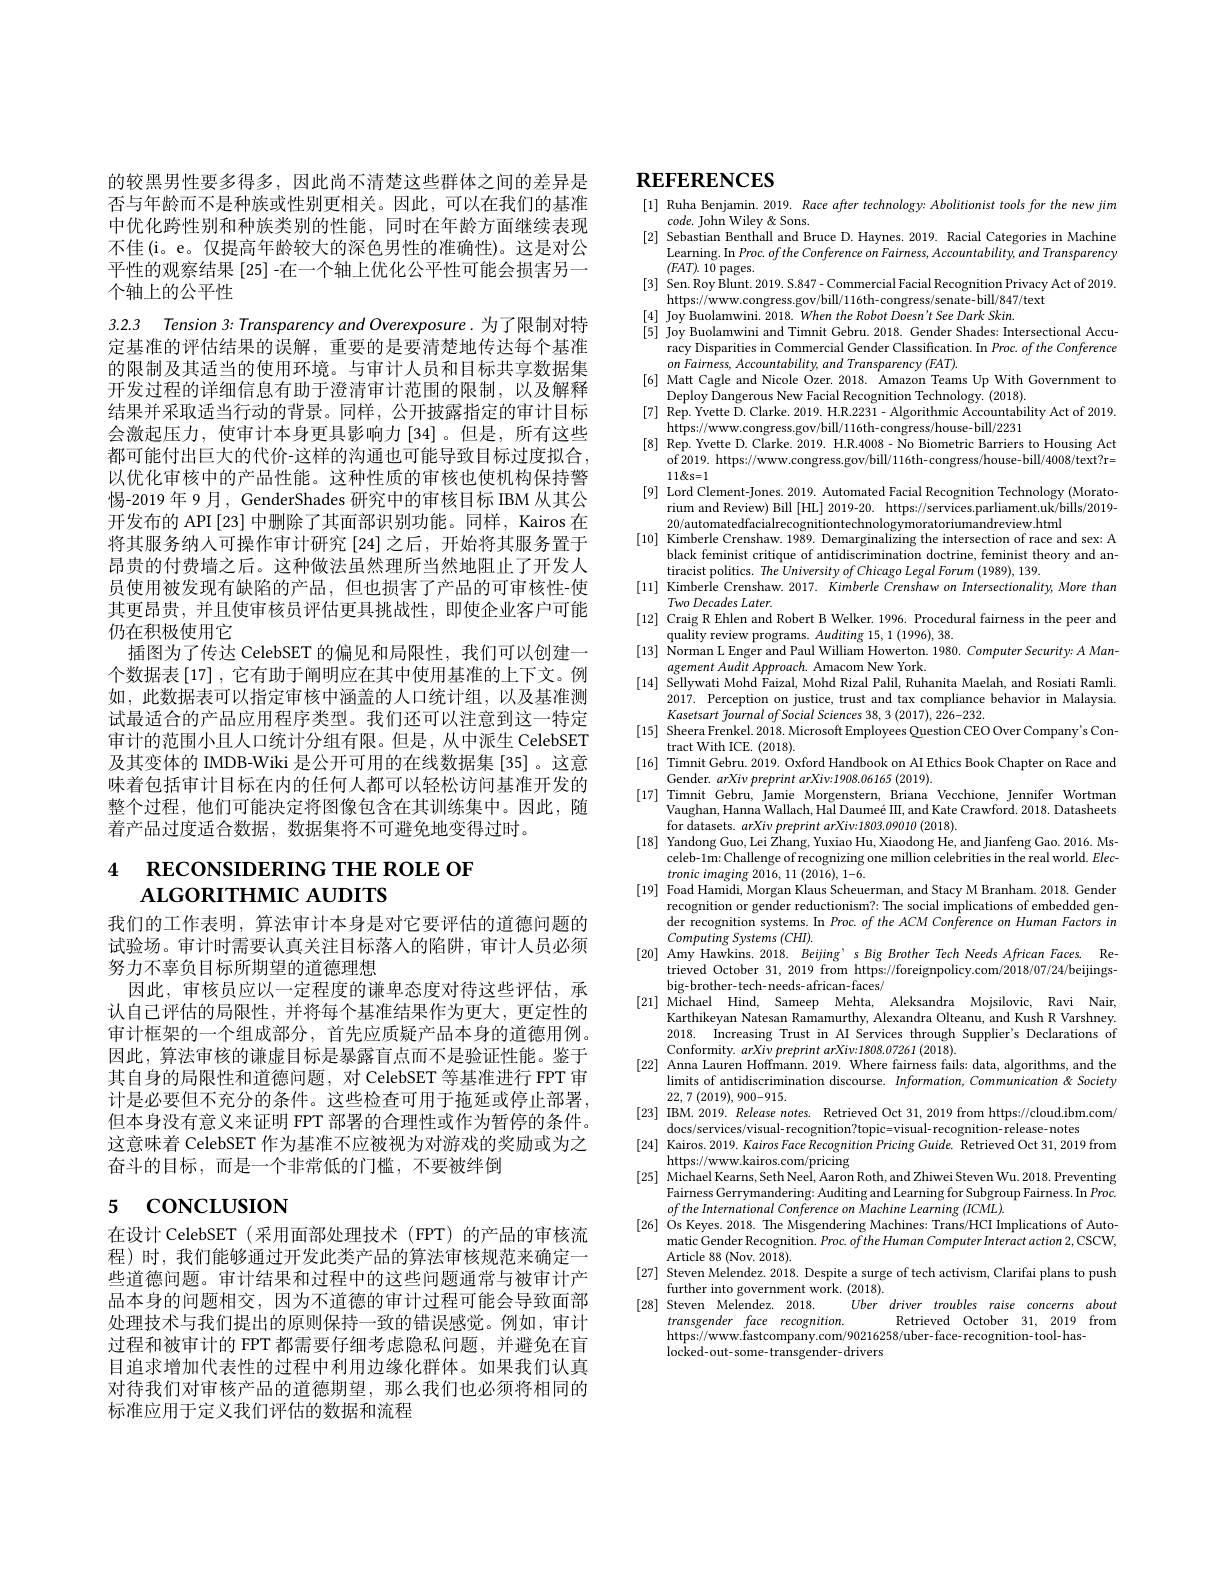
的较黑男性要多得多，因此尚不清楚这些群体之间的差异是否与年龄而不是种族或性别更相关。因此，可以在我们的基准中优化跨性别和种族类别的性能，同时在年龄方面继续表现不佳(i。e。仅提高年龄较大的深色男性的准确性)。这是对公平性的观察结果[25] -在一个轴上优化公平性可能会损害另一个轴上的公平性

3.2.3 Tension 3: Transparency and Overexposure. 为了限制对特定基准的评估结果的误解，重要的是要清楚地传达每个基准的限制及其适当的使用环境。与审计人员和目标共享数据集开发过程的详细信息有助于澄清审计范围的限制，以及解释结果并采取适当行动的背景。同样，公开披露指定的审计目标会激起压力，使审计本身更具影响力[34]。但是，所有这些都可能付出巨大的代价-这样的沟通也可能导致目标过度拟合， 以优化审核中的产品性能。这种性质的审核也使机构保持警惕-2019 年 9月，GenderShades 研究中的审核目标 IBM 从其公开发布的 API [23]中删除了其面部识别功能。同样，Kairos 在将其服务纳人可操作审计研究[24]之后，开始将其服务置于昂贵的付费墙之后。这种做法虽然理所当然地阻止了开发人员使用被发现有缺陷的产品，但也损害了产品的可审核性-使其更昂贵，并且使审核员评估更具挑战性，即使企业客户可能仍在积极使用它
插图为了传达 CelebSET 的偏见和局限性，我们可以创建一个数据表[17] ,它有助于阐明应在其中使用基准的上下文。例如，此数据表可以指定审核中涵盖的人口统计组，以及基准测试最适合的产品应用程序类型。我们还可以注意到这一特定审计的范围小且人口统计分组有限。但是，从中派生 CelebSET 及其变体的 IMDB-Wiki 是公开可用的在线数据集 [35] 。这意味着包括审计目标在内的任何人都可以轻松访问基准开发的整个过程，他们可能决定将图像包含在其训练集中。因此，随着产品过度适合数据，数据集将不可避免地变得过时。

# 4 RECONSIDERING THE ROLE OF ALGORITHMIC AUDITS

我们的工作表明，算法审计本身是对它要评估的道德问题的试验场。审计时需要认真关注目标落人的陷阱，审计人员必须努力不辜负目标所期望的道德理想
因此，审核员应以一定程度的谦卑态度对待这些评估，承认自己评估的局限性，并将每个基准结果作为更大，更定性的审计框架的一个组成部分，首先应质疑产品本身的道德用例。因此，算法审核的谦虚目标是暴露盲点而不是验证性能。鉴于其自身的局限性和道德问题，对 CelebSET 等基准进行 FPT 审计是必要但不充分的条件。这些检查可用于拖延或停止部署， 但本身没有意义来证明 FPT 部署的合理性或作为暂停的条件。这意味着 CelebSET 作为基准不应被视为对游戏的奖励或为之奋斗的目标，而是一个非常低的门槛，不要被绊倒

# 5 concLusıon

在设计 CelebSET (采用面部处理技术 (FPT) 的产品的审核流程)时，我们能够通过开发此类产品的算法审核规范来确定一些道德问题。审计结果和过程中的这些问题通常与被审计产品本身的问题相交，因为不道德的审计过程可能会导致面部处理技术与我们提出的原则保持一致的错误感觉。例如，审计过程和被审计的 FPT 都需要仔细考虑隐私问题，并避免在盲目追求增加代表性的过程中利用边缘化群体。如果我们认真对待我们对审核产品的道德期望，那么我们也必须将相同的标准应用于定义我们评估的数据和流程

# $\mathbf{REFERENCES}$

[1] Ruha Benjamin. 2019. Race after technology: Abolitionist tools for the new jim
code. John Wiley & Sons.
[2] Sebastian Benthall and Bruce D. Haynes. 2019. Racial Categories in Machine
$\underset{(\text{FAT})}{\operatorname*{\operatorname*{Learning.}}}$In Proc. $ofthe\textit{Conference on Fairness, Accountability, and Transparency}$
$(FAT).1\tilde{0}$ pages.
[3] Sen.Roy Blunt. 2019. S.847- Commercial Facial Recognition Privacy Act of 2019.
https://www.congress.gov/bill/116th-congress/senate-bill/847/text
[4] Joy Buolamwini. $2018. When\textit{the Robot Doesn' }t$ See Dark Skin.
[5] Joy Buolamwini and Timnit Gebru. 2018. Gender Shades: Intersectional Accu-
racy Disparities in Commercial Gender Classification. In $Proc.ofthe$ Conference
$onFairness,Accountability,andTransparency(FAT).$
[6] Matt Cagle and Nicole Ozer. 2018. Amazon Teams Up With Government to
Deploy Dangerous New Facial Recognition Technology. (2018).
[7] Rep. Yvette D. Clarke. 2019. H.R.2231- Algorithmic Accountability Act of 2019.
https://www.congress.gov/bill/116th-congress/house-bill/2231
[8] Rep. Yvette D. Clarke. 2019. H.R.4008- No Biometric Barriers to Housing Act
of 2019. https: / / www. congress. gov/ bill/ 116th- congress/ house- bill/ 4008/ text? r=
$11\&$s=1
[9] Lord Clement-Jones. 2019. Automated Facial Recognition Technology (Morato-)
rium and Review) Bill [HL] 2019-20. https://services.parliament.uk/bills/2019-
20/automatedfacialrecognitiontechnologymoratoriumandreview.html
[10] Kimberle Crenshaw. 1989. Demarginalizing the intersection of race and sex: A
black feminist critique of antidiscrimination doctrine, feminist theory and an-
tiracist politics. The University of Chicago Legal Forum (1989), 139
[11] Kimberle Crenshaw. 2017. Kimberle Crenshaw on Intersectionality, More than
Two Decades Later.
[12] Craig R Ehlen and Robert B Welker. 1996. Procedural fairness in the peer and
quality review programs. Auditing 15,1(1996),38.
[13] Norman L Enger and Paul William Howerton. 1980. Computer Security: A Man-
agement Audit Approach. Amacom New York.
$[14]\overset{\circ}{\text{ Sellywati Mohd Faizal, Mohd Rizal Palil, Ruhanita Maelah, and Rosiati Ramli}}$
2017. Perception on justice, trust and tax compliance behavior in Malaysia.
$Kasetsart\textit{ fournal of Social Sciences 38, 3 ( 2017) , 226- 232. }$
[15] Sheera Frenkel. 2018. Microsoft Employees Question CEO Over Company's Con-
tract With ICE. (2018).
[16] Timnit Gebru. 2019. Oxford Handbook on AI Ethics Book Chapter on Race and
Gender. $arXivpreprintarXiv:1908.06165(2019).$
[17] Timnit Gebru, Jamie Morgenstern, Briana Vecchione, Jennifer Wortman
Vaughan, Hanna Wallach, Hal Daumeé III, and Kate Crawford. 2018. Datasheets
for datasets. $arXivpreprintarXiv:1803.09010(2018).$
[18] Yandong Guo, Lei Zhang, Yuxiao Hu, Xiaodong He, and Jianfeng Gao. 2016. Ms-
celeb-1m: Challenge of recognizing one million celebrities in the real world. Elec-
tronic imaging 2016, 11 (2016), 1-6.
[19] Foad Hamidi, Morgan Klaus Scheuerman, and Stacy M Branham. 2018. Gender
recognition or gender reductionism?: The social implications of embedded gender recognition systems. In Proc. of the ACM Conference on Human Factors in Computing Systems (CHI).
[20] Amy Hawkins. 2018. Beijing’ s Big Brother Tech Needs African Faces. Re-
trieved October 31, 2019 from https://foreignpolicy.com/2018/07/24/beijings-
big-brother-tech-needs-african-faces/
[21] Michael Hind, Sameep Mehta, Aleksandra Mojsilovic, Ravi Nair,
Karthikeyan Natesan Ramamurthy, Alexandra Olteanu, and Kush R Varshney. 2018. Increasing Trust in AI Services through Supplier's Declarations of Conformity. $arXivpreprintarXiv:1808.07261(2018).$
[22] Anna Lauren Hoffmann. 2019. Where fairness fails: data, algorithms, and the
$\operatorname*{limits~of~antidiscrimination~discourse.~Information,~Communication~ Society}$
22,7 (2019), 900-915.
[23] IBM.2019. Release notes. Retrieved Oct 31,2019 from https://cloud.ibm.com/
docs/services/visual- recognition?topic=visual- recognition- release- notes
[24] Kairos. 2019. Kairos Face Recognition Pricing Guide. Retrieved Oct 31, 2019 from
https://www.kairos.com/pricing
[25] Michael Kearns, Seth Neel, Aaron Roth, and Zhiwei Steven Wu. 2018. Preventing
Fairness Gerrymandering: Auditing and Learning for Subgroup Fairness. In Proc
$ofthe\textit{International Conference on Machine Learning ( ICML) . }$
[26] Os Keyes. 2018. The Misgendering Machines: Trans/HCI Implications of Auto
matic Gender Recognition. Proc. $oftheHuman\textit{ComputerInteract action 2,  CSCW, }$
Article 88 (Nov. 2018).
[27] Steven Melendez. 2018. Despite a surge of tech activism, Clarifai plans to push
further into government work. (2018).
[28] Steven Melendez.2018.
Uber driver troubles raise concerns about
transgender face $recognition.$
Retrieved October 31, 2019 from
https: / / www. fastcompany. com/ 90216258/ uber- face- recognition- tool- has-  https: / / www. fastcompany. com/ 90216258/ uber- face- recognition- tool- has-
locked-out-some-transgender-drivers